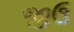
જીઉ